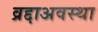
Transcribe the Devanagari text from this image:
व्रद्दाअवस्था